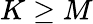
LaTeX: K\geq M